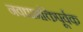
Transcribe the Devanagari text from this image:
नवधाभक्तिपूर्वक